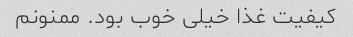
کیفیت غذا خیلی خوب بود. ممنونم